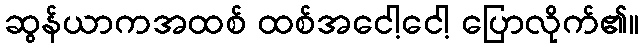
ဆွန်ယာကအထစ် ထစ်အငေါ့ငေါ့ ပြောလိုက်၏။